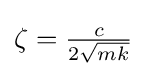
{\textstyle \zeta ={\frac {c}{2{\sqrt {mk}}}}}